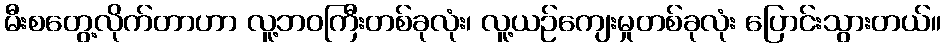
မီးစတွေ့လိုက်တာဟာ လူ့ဘဝကြီးတစ်ခုလုံး၊ လူ့ယဉ်ကျေးမှုတစ်ခုလုံး ပြောင်းသွားတယ်။